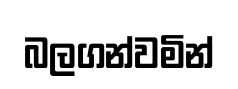
බලගන්වමින්